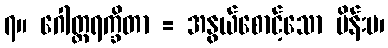
၇။ ဂေါတ္တရက္ခိတာ = အနွယ်စောင့်သော မိန်းမ၊